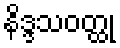
နိဒ္ဒသဝတ္ထု